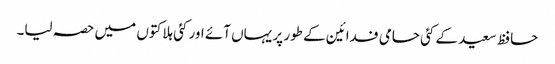
حافظ سعید کے کئی حامی فدائین کے طور پر یہاں آئے اور کئی ہلاکتوں میں حصہ لیا۔